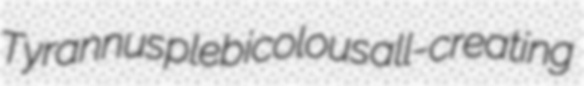
Tyrannus plebicolous all-creating